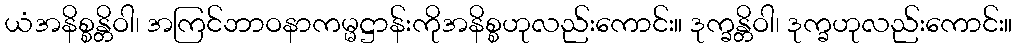
ယံအနိစ္စန္တိဝါ၊ အကြင်ဘာဝနာကမ္မဋ္ဌာန်းကိုအနိစ္စဟုလည်းကောင်း။ ဒုက္ခန္တိဝါ၊ ဒုက္ခဟုလည်းကောင်း။